Annual report of the Central Committee of the Association together with the report of the directors of the Pasteur Institute at Kasauli
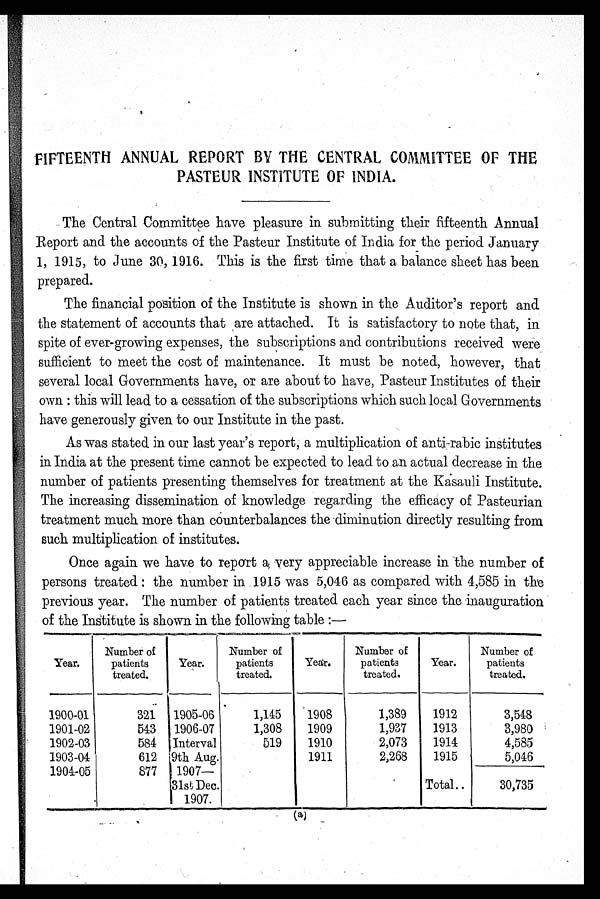
FIFTEENTH ANNUAL REPORT BY THE CENTRAL COMMITTEE OF THE
PASTEUR INSTITUTE OF INDIA.
The Central Committee have pleasure in submitting their fifteenth Annual
Report and the accounts of the Pasteur Institute of India for the period January
1, 1915, to June 30, 1916. This is the first time that a balance sheet has been
prepared.
The financial position of the Institute is shown in the Auditor's report and
the statement of accounts that are attached. It is satisfactory to note that, in
spite of ever-growing expenses, the subscriptions and contributions received were
sufficient to meet the cost of maintenance. It must be noted, however, that
several local Governments have, or are about to have, Pasteur Institutes of their
own: this will lead to a cessation of the subscriptions which such local Governments
have generously given to our Institute in the past.
As was stated in our last year's report, a multiplication of anti-rabic institutes
in India at the present time cannot be expected to lead to an actual decrease in the
number of patients presenting themselves for treatment at the Kasauli Institute.
The increasing dissemination of knowledge regarding the efficacy of Pasteurian
treatment much more than counterbalances the diminution directly resulting from
such multiplication of institutes.
Once again we have to report a very appreciable increase in the number of
persons treated: the number in 1915 was 5,046 as compared with 4,585 in the
previous year. The number of patients treated each year since the inauguration
of the Institute is shown in the following table :—
Year.
Number of
patients
treated.
Year.
Number of
patients
treated.
Year.
Number of
patients
treated.
Year.
Number of
patients
treated.
1900-01
321
1905-06
1,145
1908
1,389
1912
3,548
1901-02
543
1906-07
1,308
1909
1,937
1913
3,980
1902-03
584 Interval
519
1910
2,073
1914
4,585
1903-04
612 9th Aug.
1911
2,268
1915
5,046
1904-05
877
1907—
31st Dec.
1907.
Total . . .
30,735
(a)